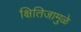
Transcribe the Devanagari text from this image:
क्षितिजामुळे